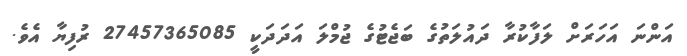
އަންނަ އަހަރަށް ލަފާކުރާ ދައުލަތުގެ ބަޖެޓުގެ ޖުމްލަ އަދަދަކީ 27457365085 ރުފިޔާ އެވެ.